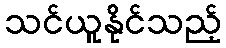
သင်ယူနိုင်သည့်